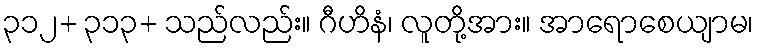
၃၁၂+ ၃၁၃+ သည်လည်း။ ဂီဟိနံ၊ လူတို့အား။ အာရောစေယျာမ၊